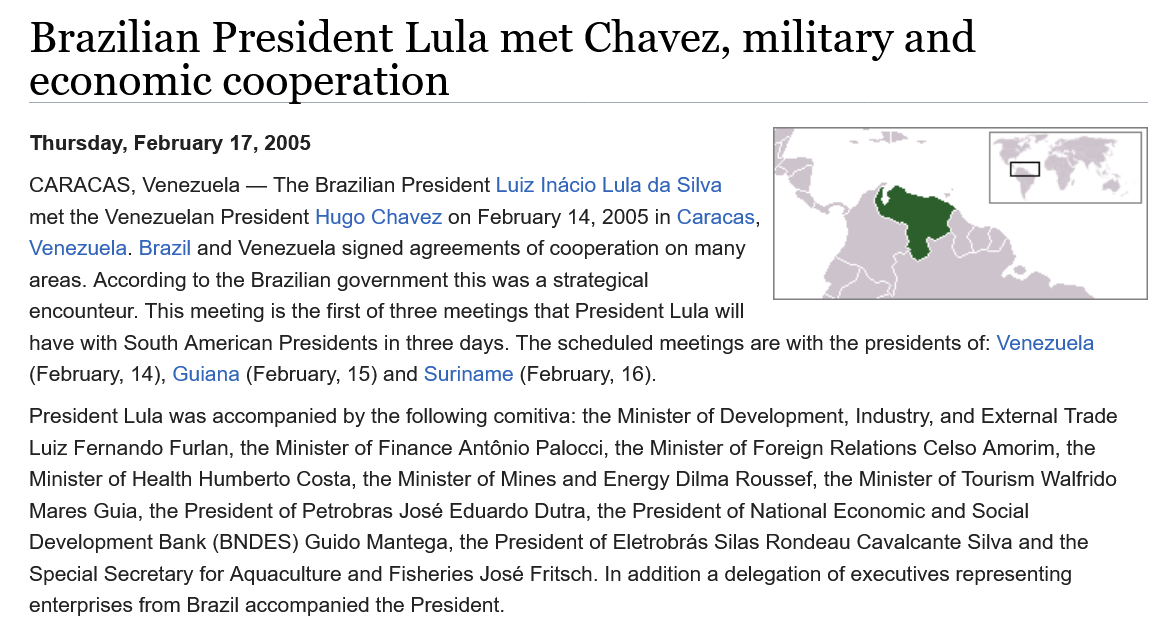
Brazilian    President    Lula    met    Chavez,    military    and
   economic    cooperation
   President Lula was accompanied by the following comitiva: the Minister of Development, Industry, and External Trade
   Luiz Fernando Furlan, the Minister of Finance Anténio Palocci, the Minister of Foreign Relations Celso Amorim, the
   Minister of Health Humberto Costa, the Minister of Mines and Energy Dilma Roussef, the Minister of Tourism Walfrido
   Mares Guia, the President of Petrobras José Eduardo Dutra, the President of National Economic and Social
   Development Bank (BNDES)  Guido Mantega, the President of Eletrobras Silas Rondeau Cavalcante Silva and the
   Special Secretary for Aquaculture and Fisheries José Fritsch. In addition a delegation of executives representing
   enterprises from Brazil accompanied the President.
   have with South American Presidents in three days. The scheduled meetings are with the presidents of: Venezuela
   (February, 14), Guiana (February, 15) and Suriname (February, 16).
   CARACAS,  Venezuela
     —
     The Brazilian President Luiz Inacio Lula da Silva
   met the Venezuelan President Hugo Chavez on February 14, 2005 in Caracas,
   Venezuela. Brazil and Venezuela signed agreements of cooperation on many
   areas. According to the Brazilian government this was a strategical
   encounteur. This meeting is the first of three meetings that President Lula will
   Thursday, February 17, 2005